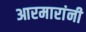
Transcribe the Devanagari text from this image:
आरमारांनी